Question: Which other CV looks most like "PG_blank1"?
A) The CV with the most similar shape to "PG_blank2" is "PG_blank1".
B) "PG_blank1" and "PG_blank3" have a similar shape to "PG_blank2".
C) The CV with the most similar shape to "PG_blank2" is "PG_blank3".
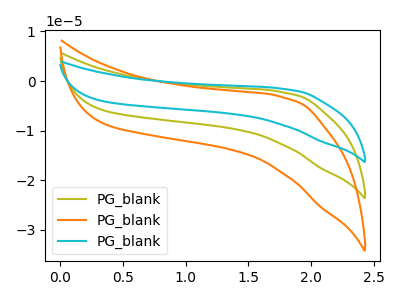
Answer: <think>The olive curve "PG_blank1" has no peaks. The orange curve "PG_blank2" has no peaks. The cyan curve "PG_blank3" has no peaks.
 Neither "PG_blank1" or "PG_blank2" have any peaks. Neither "PG_blank1" or "PG_blank3" have any peaks. Neither "PG_blank2" or "PG_blank3" have any peaks.</think>
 <answer>B) "PG_blank1" and "PG_blank3" have a similar shape to "PG_blank2".</answer>
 <eval>B</eval>